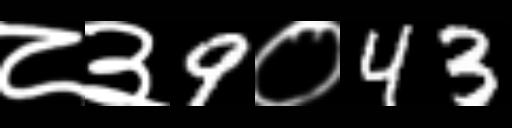
Text: ८३9०43